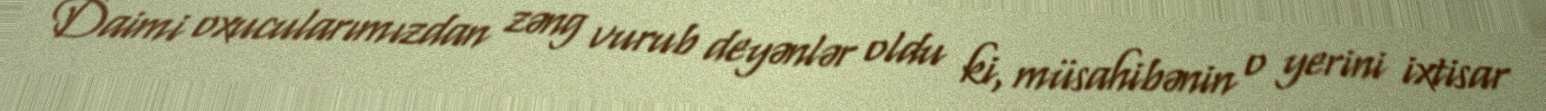
Daimi oxucularımızdan zəng vurub deyənlər oldu ki, müsahibənin o yerini ixtisar